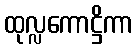
ထုလ္လကောဋ္ဌိကာ